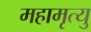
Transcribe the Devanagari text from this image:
महामृत्यु